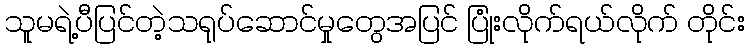
သူမရဲ့ပီပြင်တဲ့သရုပ်ဆောင်မှုတွေအပြင် ပြုံးလိုက်ရယ်လိုက် တိုင်း